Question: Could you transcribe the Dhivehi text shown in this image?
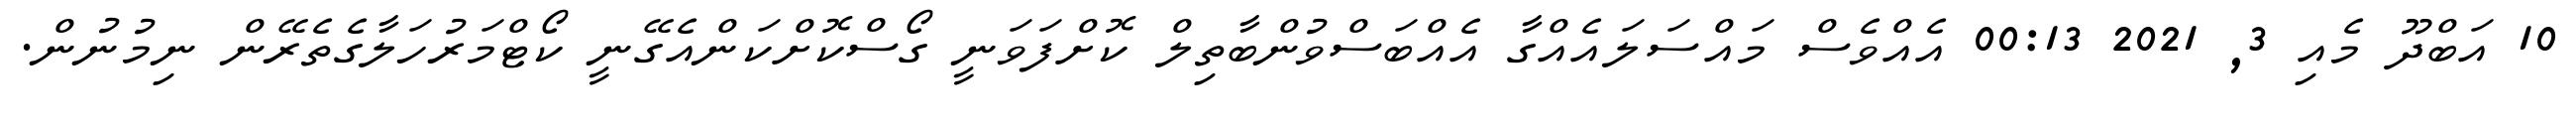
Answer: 10 އަބްދޫ މެއި 3, 2021 00:13 އެއްވެސް މައްސަލައެއްގާ އެއްބަސްވުންބާތިލް ކޮށްފަވަނީ ގޯސްކޮށްކަންއެގޭނީ ކޯޓްމަރުހަލާގެތެރޭން ނިމުނުން.